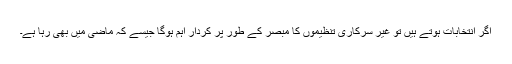
اگر انتخابات ہوتے ہیں تو غیر سرکاری تنظیموں کا مبصر کے طور پر کردار اہم ہوگا جیسے کہ ماضی میں بھی رہا ہے۔